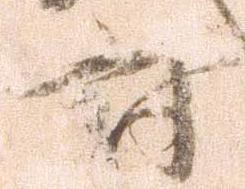
討